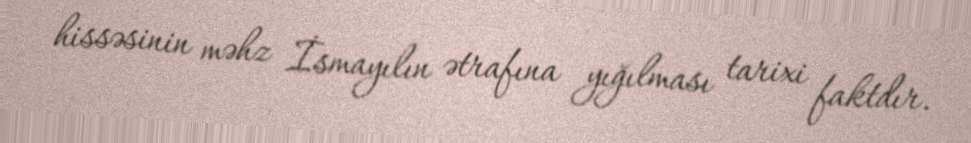
hissəsinin məhz İsmayılın ətrafına yığılması tarixi faktdır.